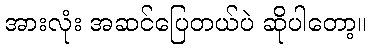
အားလုံး အဆင်ပြေတယ်ပဲ ဆိုပါတော့။